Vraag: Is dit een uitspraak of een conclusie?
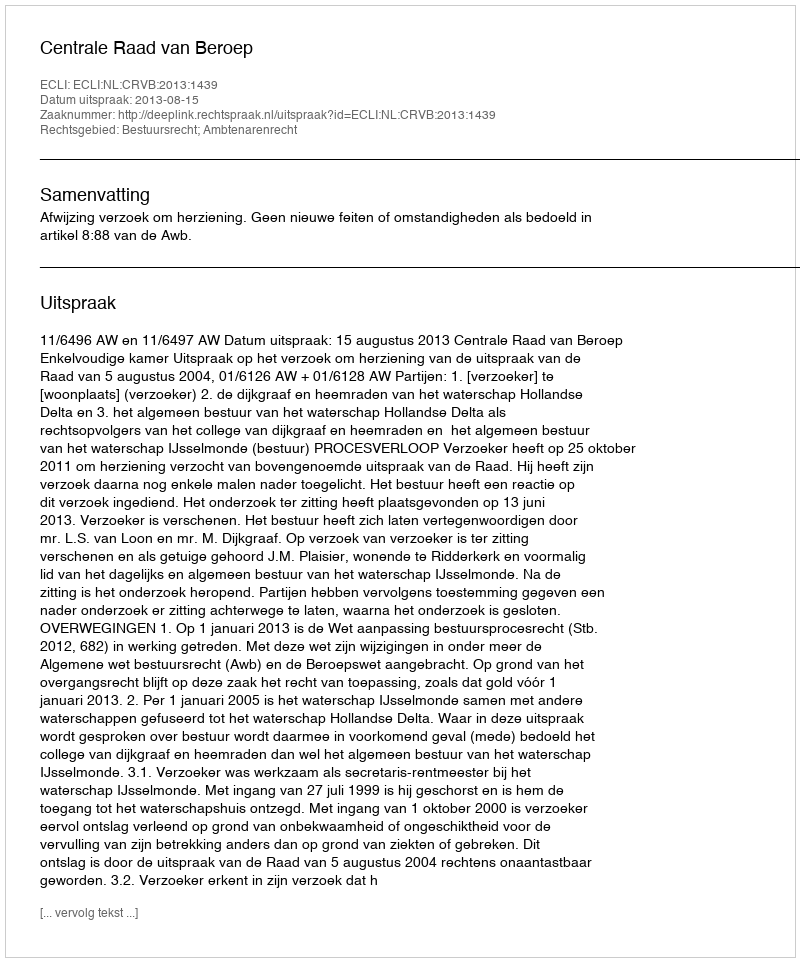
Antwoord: Uitspraak